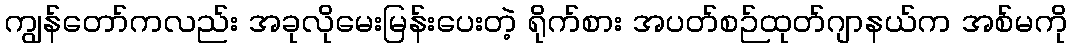
ကျွန်တော်ကလည်း အခုလိုမေးမြန်းပေးတဲ့ ရိုက်စား အပတ်စဉ်ထုတ်ဂျာနယ်က အစ်မကို